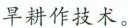
旱耕作技术。